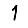
Digit: 1